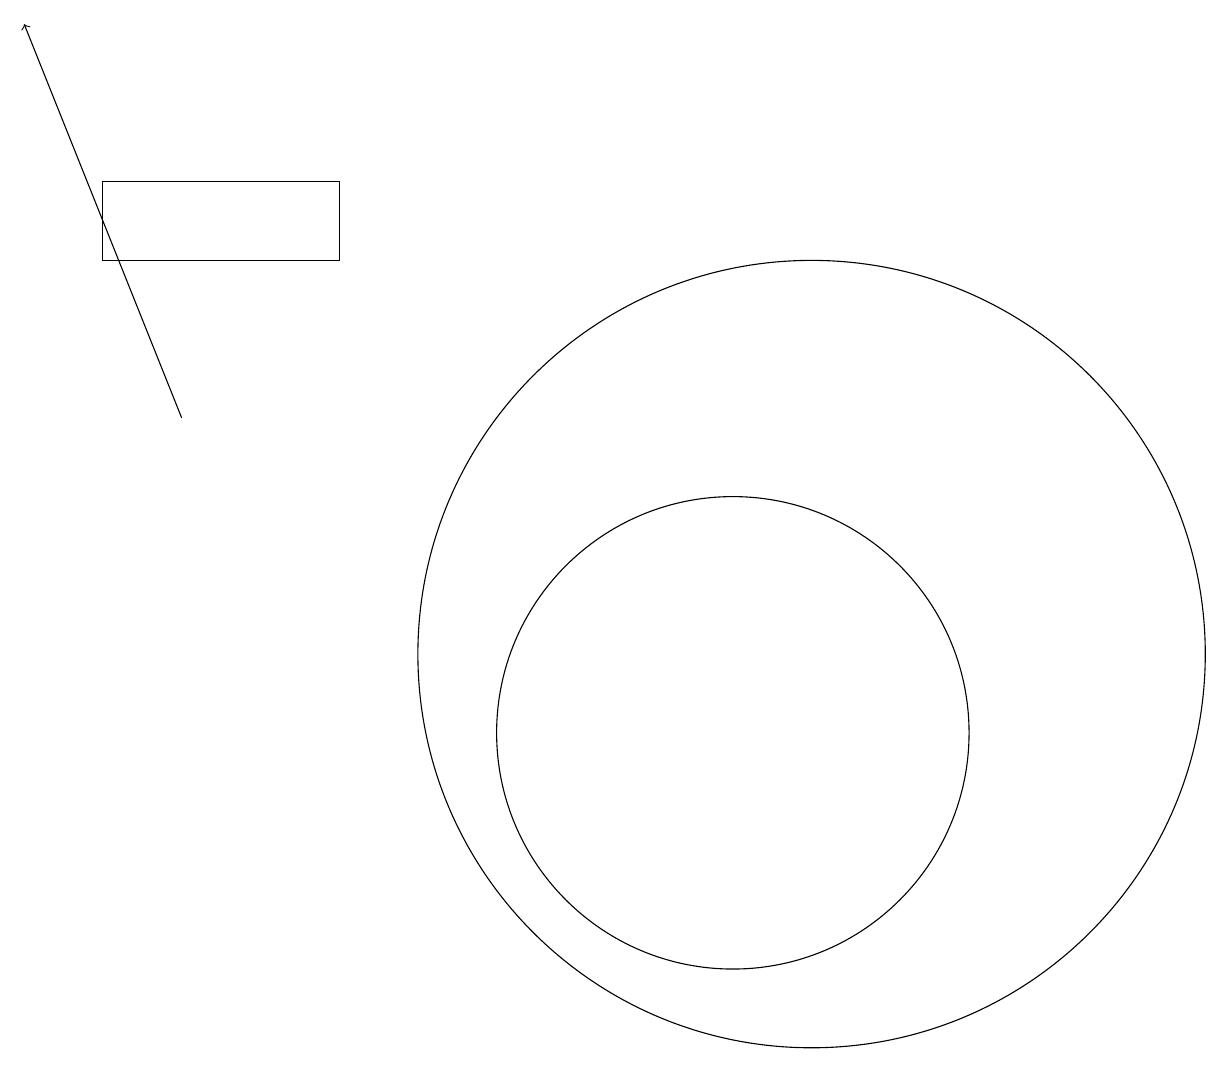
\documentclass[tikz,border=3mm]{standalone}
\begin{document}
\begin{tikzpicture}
\draw (12,11) circle (5);
\draw[->] (4,14) -- (2,19);
\draw (6,16) rectangle (3,17);
\draw (11,10) circle (3);
\draw (12,10) circle (0);
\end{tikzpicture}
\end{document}